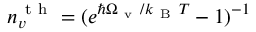
n _ { v } ^ { \mathrm { ~ t ~ h ~ } } = ( e ^ { \hbar \Omega _ { \mathrm { ~ v ~ } } / k _ { \mathrm { ~ B ~ } } T } - 1 ) ^ { - 1 }